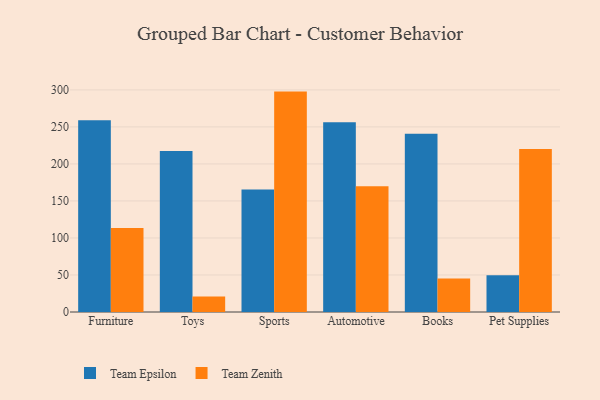
{"axis": {"x": "Category", "y": "Shipments"}, "legend": ["Team Epsilon", "Team Zenith"], "data": [{"x": "Furniture", "y": 259.0, "type": "Team Epsilon"}, {"x": "Furniture", "y": 113.5, "type": "Team Zenith"}, {"x": "Toys", "y": 217.3, "type": "Team Epsilon"}, {"x": "Toys", "y": 20.8, "type": "Team Zenith"}, {"x": "Sports", "y": 165.3, "type": "Team Epsilon"}, {"x": "Sports", "y": 297.7, "type": "Team Zenith"}, {"x": "Automotive", "y": 256.2, "type": "Team Epsilon"}, {"x": "Automotive", "y": 170.0, "type": "Team Zenith"}, {"x": "Books", "y": 240.7, "type": "Team Epsilon"}, {"x": "Books", "y": 45.4, "type": "Team Zenith"}, {"x": "Pet Supplies", "y": 49.6, "type": "Team Epsilon"}, {"x": "Pet Supplies", "y": 220.0, "type": "Team Zenith"}]}